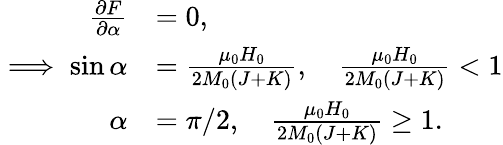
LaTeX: \begin{array}{rl}{\frac{\partial F}{\partial\alpha}}&{=0,}\\ {\implies\sin\alpha}&{=\frac{\mu_{0}H_{0}}{2M_{0}\left(J+K\right)},\quad\frac{\mu_{0}H_{0}}{2M_{0}\left(J+K\right)}<1}\\ {\alpha}&{=\pi/2,\quad\frac{\mu_{0}H_{0}}{2M_{0}\left(J+K\right)}\geq 1.}\end{array}